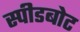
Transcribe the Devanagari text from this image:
स्‍पीडबोट